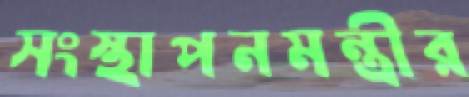
সংস্থাপনমন্ত্রীর